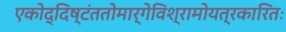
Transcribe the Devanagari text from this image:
एकोद्दिष्टंततोमार्गेविश्रामोयत्रकारितः